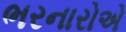
ભરનારોએ